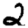
Digit: 2